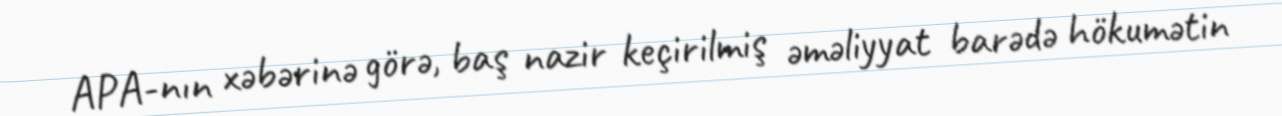
APA-nın xəbərinə görə, baş nazir keçirilmiş əməliyyat barədə hökumətin